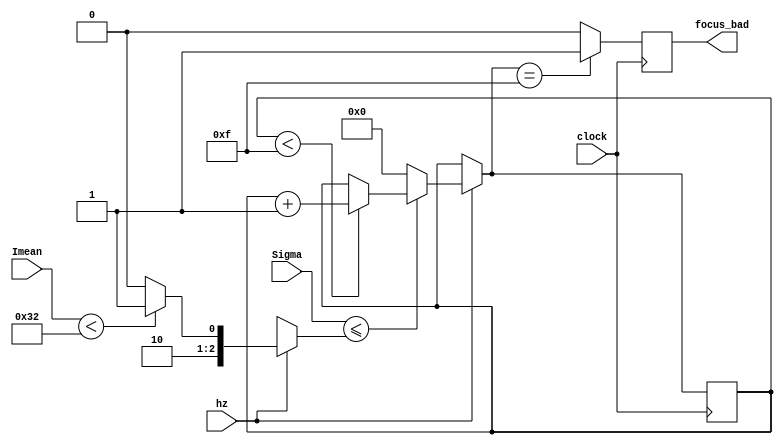
module BadFocus(
	input wire hz,
	input wire [8:0] Sigma,
	input wire [7:0] Imean,
	input wire clock,
	output reg focus_bad);
reg [3:0] cnt =0;
reg [2:0] porog =4;

always @(posedge clock) begin
	//  
	if (hz==1) begin   	   
		if (Imean<50) 
			porog=5;
		else
			porog =4;
		if (Sigma <= porog) begin
			if (cnt<15)
				cnt=cnt+1;
		end
		else
			cnt=0;
	end;
	if (cnt == 15)
		focus_bad = 1;
	else
		focus_bad = 0;	
end

endmodule